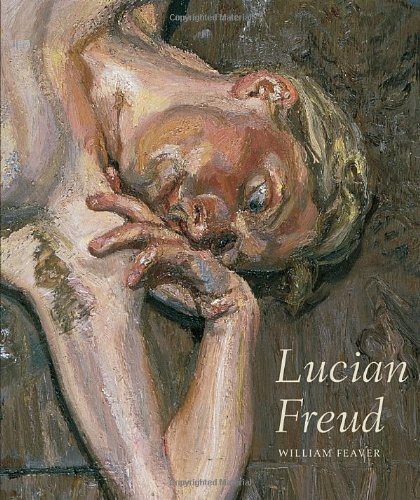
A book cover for Lucian Freud; William Feaver; Arts & Photography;